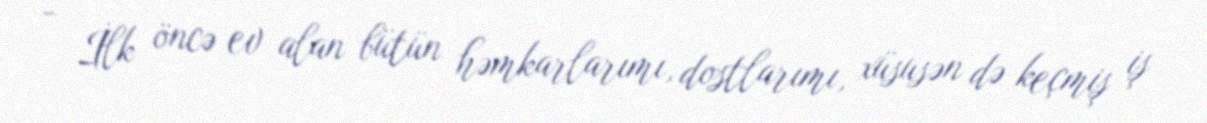
- İlk öncə ev alan bütün həmkarlarımı, dostlarımı, xüsusən də keçmiş iş